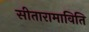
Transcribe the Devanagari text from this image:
सीतारामाविति